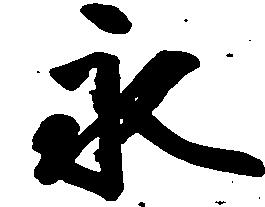
永